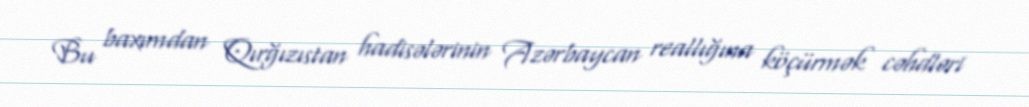
Bu baxımdan Qırğızıstan hadisələrinin Azərbaycan reallığına köçürmək cəhdləri